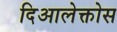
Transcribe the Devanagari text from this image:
दिआलेक्तोस